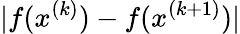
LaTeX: |f(x^{(k)})-f(x^{(k+1)})|